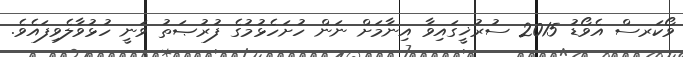
ވޯކަރސް އެވޯޑު 2015 ސުރުޚީގައިވާ އިނާމަށް ނަން ހުށަހެޅުމުގެ ފުރުޞަތު ވަނީ ހުޅުވާލެވިފައެވެ.